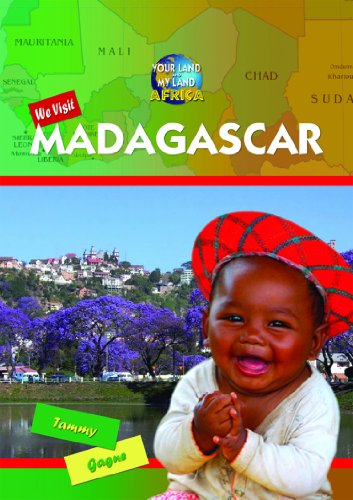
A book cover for We Visit Madagascar (Your Land and My Land: Africa); Tammy Gagne; Children's Books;